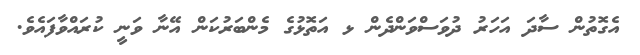
އެގޮތުން ސާދަ އަހަރު ދުވަސްވަންދެން ޅ އަތޮޅުގެ މެންބަރުކަން އޭނާ ވަނީ ކުރައްވާފައެވެ.